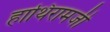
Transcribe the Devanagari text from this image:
हाथिरामजी